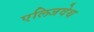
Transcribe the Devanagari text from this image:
एलिजवेथ